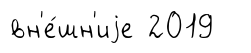
вн'е́шн'иjе 2019